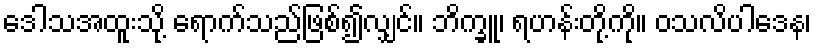
ဒေါသအထူးသို့ ရောက်သည်ဖြစ်၍လျှင်။ ဘိက္ခူ၊ ရဟန်းတို့ကို။ ဝသလိပါဒေန၊